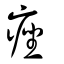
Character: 痤